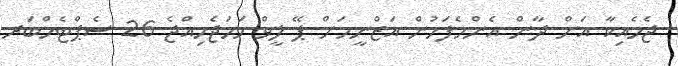
ޖެމެއިކާ އަށް ދާން އެންމެފަހުން އަޒްނީމަށް ޕޭ ލީވް ހަމަޖެހިއްޖެ 26 ސެޕްޓެމްބަރ